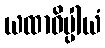
ယထာဓိပ္ပါယံ